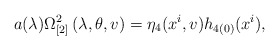
\begin{align*}a(\lambda )\Omega _{\lbrack 2]}^{2}\left( \lambda ,\theta,v\right) =\eta _{4}(x^{i},v)h_{4(0)}(x^{i}), \end{align*}